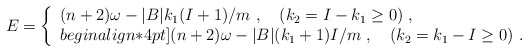
\begin{align*}E = \left\{ \begin{array}{l} (n+2)\omega - |B| k_1 (I+1)/m\ ,\quad (k_2 = I - k_1 \geq 0)\ ,\\begin{align*}4pt](n+2)\omega - |B| (k_1 + 1) I/m\ ,\quad (k_2 = k_1 - I \geq 0)\ .\end{array}\right.\end{align*}